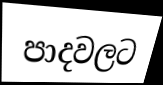
පාදවලට